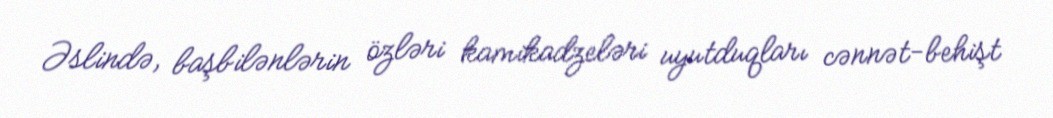
Əslində, başbilənlərin özləri kamikadzeləri uyutduqları cənnət-behişt